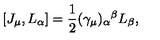
[ J _ { \mu } , L _ { \alpha } ] = \frac { 1 } { 2 } ( \gamma _ { \mu } ) _ { \alpha } { } ^ { \beta } L _ { \beta } ,